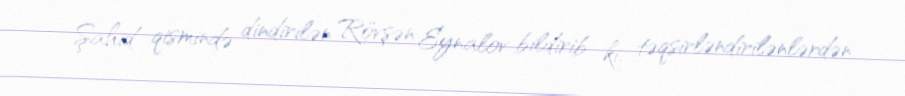
Şahid qismində dindirilən Rövşən Eynalov bildirib ki, təqsirləndirilənlərdən